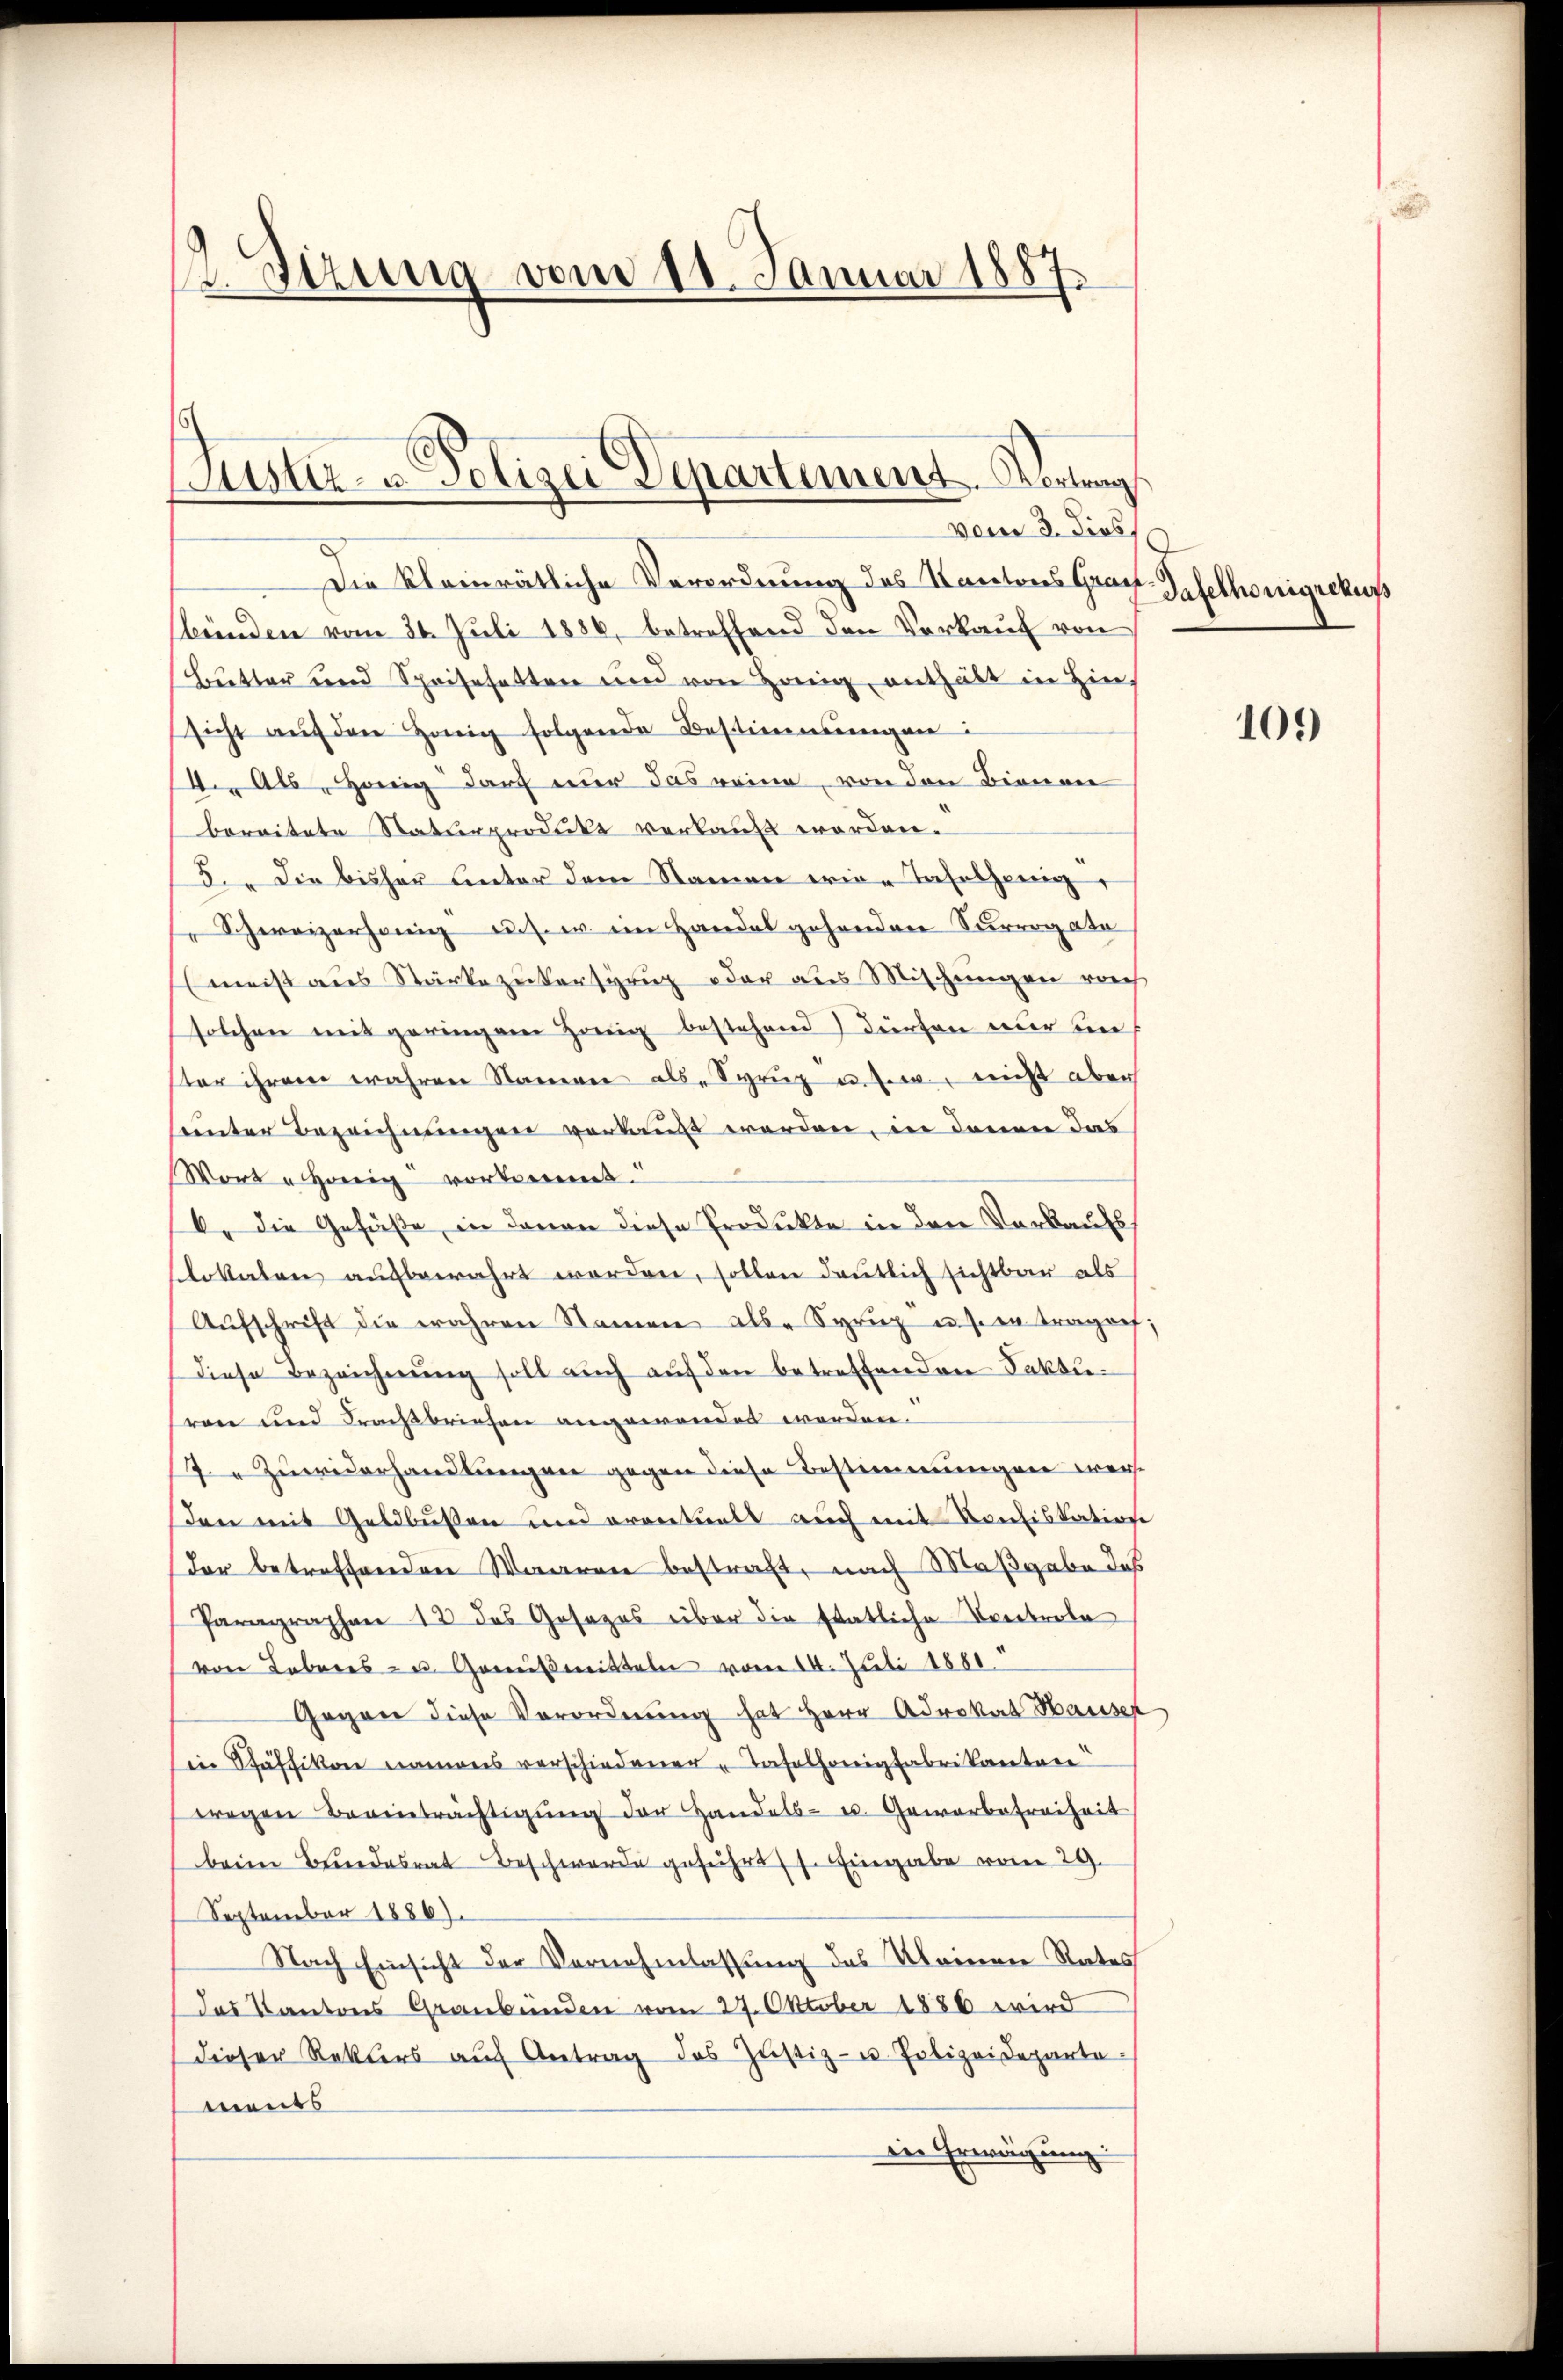
Sitzung vom 11. Januar 1887.

Die kleinrätliche Verordnung des Kantons Graf. Haselhönigrekuss
sünden vom 30. Juli 1886, betreffend den Verkauf von
Butter und Speisesatten und von Honig enthalt in Hinsicht aŭf den Honig folgende Bestimmungen:
4. Als Honig darf nur das reine, von den Bienen
bereitete Naturprodukt verkauft worden.
5. Die bisher Anter dem Namen erine Tafelsenig,
Schweizerhörig u.s. w. im Handel gehenden Surrogato
meist aus Stärke zuversprug oder aus Mischungen rech
solchen mit geringen Honig bestehend dürfen nur in
ster ihrem wahren Namen als Sprŭg u. s. w. nicht aber
heinter Bezeichnungen verkauft werden, in denen das
Wort u. Honig vortret
Er die Gefäße, in denen diese Produkte in den Verkaufs
slokalen aufbewahrt worden, sollen deutlich sichtbar als
Aŭfschrift die wahren Namen als Syrup u. s. in tragoef;
Diese Bezeichnŭng soll auch aŭf den betreffenden Fakturen und Frachsbriefen angewendet werden.
7. Zuwiderhandlungen gegen diese Bestimmungen werden mit Geldbussen und eventuell auch mit Konfiskatione
Der betreffenden Waaren bestraft, nach Maßgabe das
Paragraphen 12 des Gesezes über die statliche Kontrole
von Lebenes- u. Gemeismitteln vom 14. Juli 1881.
Gegen diese Verordnŭng hat Herr Advokat Hausel
in Schäffikon namens verschiedener Tafelhonigfabrikantone
wregen Beeinträchtigŭng der Handels- u. Gewerbefreiheit
beim Bundesrat Beschwerde geführt s. Eingabe vom 29.
September 1886).
Nach Einsicht der Vornehmlassung des Kleinen Rates
das Kantons Graubünden vom 27. Oktober 1886 wird
dieser Rektors auf Antrag des Justiz- u. Polizeidepartements
Die Erwägung

Puster- u Polizei Departement. Vortrag
vom 3. Sieb

101)